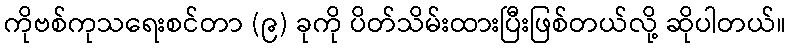
ကိုဗစ်ကုသရေးစင်တာ (၉) ခုကို ပိတ်သိမ်းထားပြီးဖြစ်တယ်လို့ ဆိုပါတယ်။